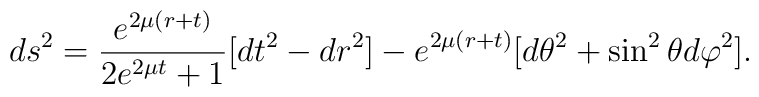
ds^2 = \frac{ e^{ 2 \mu (r + t)}}{ 2 e^{ 2 \mu t }+ 1} \bigl[ dt^2 -dr^2\bigr] - e^{ 2\mu (r + t)} \bigl[d\theta^2 + \sin^2{\theta} d\varphi^2\bigr].